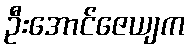
ဦးအောင်ဇေယျက